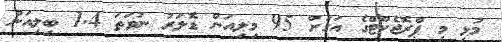
މުޅި މި ޕްރޮޖެކްޓްގެ އަގަށް 95 މިލިއަން ޑޮލަރު ނުވަތަ 1.4 ބިލިއަން